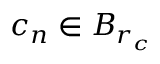
c _ { n } \in B _ { r _ { c } }